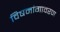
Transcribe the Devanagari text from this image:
विषमांगावरण